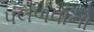
પલળવાનો